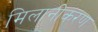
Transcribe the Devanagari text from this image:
मिलानीकरण